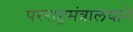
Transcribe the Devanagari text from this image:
परराष्ट्रमंत्रालयाने